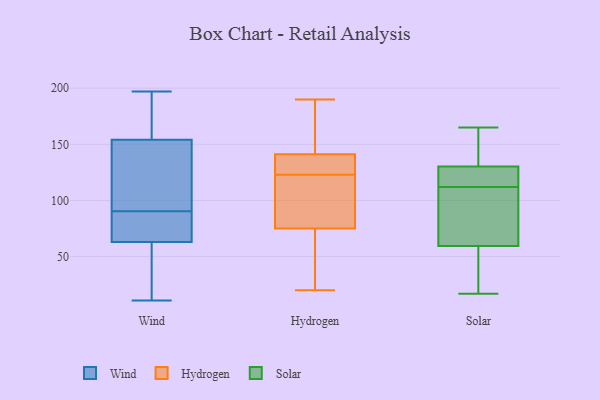
{"axis": {"x": "Latency (ms)", "y": "Value"}, "legend": ["Hydrogen", "Solar", "Wind"], "data": [{"x": "", "y": 140, "type": "Wind"}, {"x": "", "y": 66, "type": "Wind"}, {"x": "", "y": 11, "type": "Wind"}, {"x": "", "y": 166, "type": "Wind"}, {"x": "", "y": 92, "type": "Wind"}, {"x": "", "y": 65, "type": "Wind"}, {"x": "", "y": 63, "type": "Wind"}, {"x": "", "y": 169, "type": "Wind"}, {"x": "", "y": 154, "type": "Wind"}, {"x": "", "y": 36, "type": "Wind"}, {"x": "", "y": 73, "type": "Wind"}, {"x": "", "y": 140, "type": "Wind"}, {"x": "", "y": 89, "type": "Wind"}, {"x": "", "y": 171, "type": "Wind"}, {"x": "", "y": 44, "type": "Wind"}, {"x": "", "y": 197, "type": "Wind"}, {"x": "", "y": 112, "type": "Wind"}, {"x": "", "y": 49, "type": "Wind"}, {"x": "", "y": 139, "type": "Hydrogen"}, {"x": "", "y": 93, "type": "Hydrogen"}, {"x": "", "y": 142, "type": "Hydrogen"}, {"x": "", "y": 174, "type": "Hydrogen"}, {"x": "", "y": 132, "type": "Hydrogen"}, {"x": "", "y": 190, "type": "Hydrogen"}, {"x": "", "y": 123, "type": "Hydrogen"}, {"x": "", "y": 24, "type": "Hydrogen"}, {"x": "", "y": 20, "type": "Hydrogen"}, {"x": "", "y": 148, "type": "Hydrogen"}, {"x": "", "y": 30, "type": "Hydrogen"}, {"x": "", "y": 69, "type": "Hydrogen"}, {"x": "", "y": 104, "type": "Hydrogen"}, {"x": "", "y": 96, "type": "Hydrogen"}, {"x": "", "y": 138, "type": "Hydrogen"}, {"x": "", "y": 64, "type": "Solar"}, {"x": "", "y": 114, "type": "Solar"}, {"x": "", "y": 17, "type": "Solar"}, {"x": "", "y": 137, "type": "Solar"}, {"x": "", "y": 78, "type": "Solar"}, {"x": "", "y": 128, "type": "Solar"}, {"x": "", "y": 73, "type": "Solar"}, {"x": "", "y": 112, "type": "Solar"}, {"x": "", "y": 114, "type": "Solar"}, {"x": "", "y": 46, "type": "Solar"}, {"x": "", "y": 143, "type": "Solar"}, {"x": "", "y": 33, "type": "Solar"}, {"x": "", "y": 165, "type": "Solar"}]}